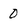
Character: 0